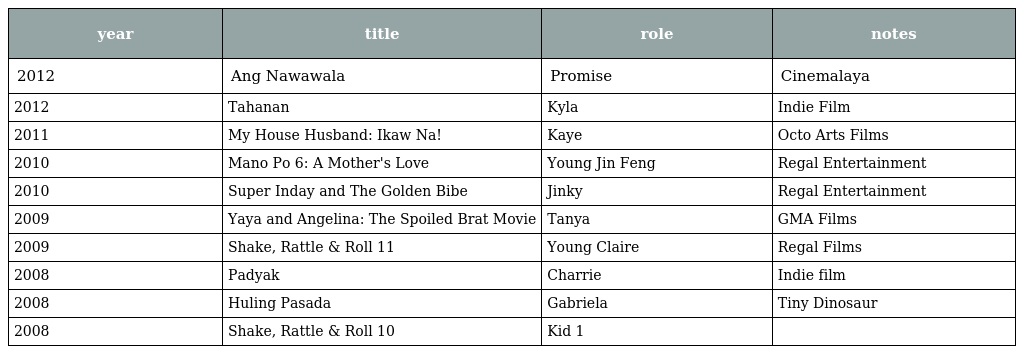
| year | title | role | notes |
 | --- | --- | --- | --- |
 | 2012 | Ang Nawawala | Promise | Cinemalaya |
 | 2012 | Tahanan | Kyla | Indie Film |
 | 2011 | My House Husband: Ikaw Na! | Kaye | Octo Arts Films |
 | 2010 | Mano Po 6: A Mother's Love | Young Jin Feng | Regal Entertainment |
 | 2010 | Super Inday and The Golden Bibe | Jinky | Regal Entertainment |
 | 2009 | Yaya and Angelina: The Spoiled Brat Movie | Tanya | GMA Films |
 | 2009 | Shake, Rattle & Roll 11 | Young Claire | Regal Films |
 | 2008 | Padyak | Charrie | Indie film |
 | 2008 | Huling Pasada | Gabriela | Tiny Dinosaur |
 | 2008 | Shake, Rattle & Roll 10 | Kid 1 |  |